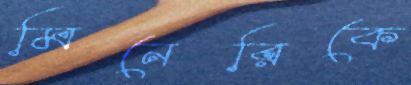
মিনেরিকে